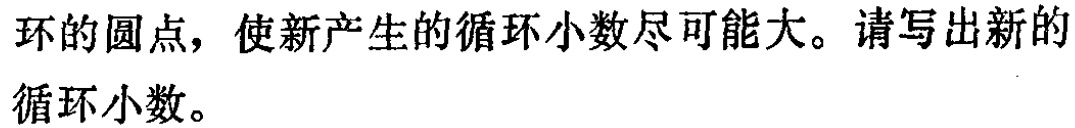
环的圆点，使新产生的循环小数尽可能大。请写出新的

循环小数。